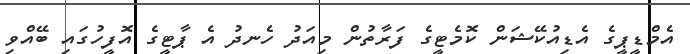
އެމްޑީޕީގެ އެޑިއުކޭޝަން ކޮމެޓީގެ ފަރާތުން މިއަދު ހެނދު އެ ޕާޓީގެ އޮފީހުގައި ބޭއްވި